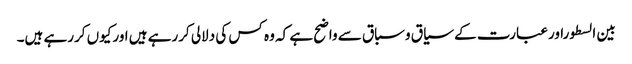
بین السطوراورعبارت کے سیاق وسباق سے واضح ہے کہ وہ کس کی دلالی کررہے ہیں اورکیوں کررہے ہیں۔